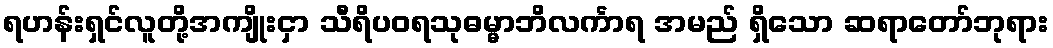
ရဟန်းရှင်လူတို့အကျိုးငှာ သီရိပဝရသုဓမ္မာဘိလင်္ကာရ အမည် ရှိသော ဆရာတော်ဘုရား